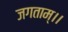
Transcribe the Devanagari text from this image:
जगताम्।।